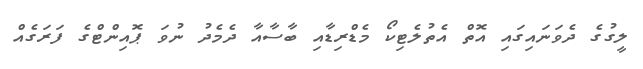
ލީގުގެ ދެވަނައިގައި އޮތް އެތުލެޓިކޯ މެޑްރިޑާއި ބާސާއާ ދެމެދު ނުވަ ޕޮއިންޓްގެ ފަރަގެއް